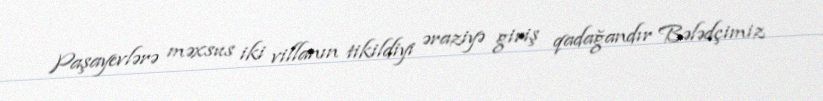
Paşayevlərə məxsus iki villanın tikildiyi əraziyə giriş qadağandır Bələdçimiz